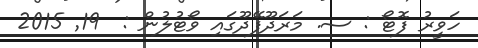
ހަވީރު ފޮޓޯ : ސ. މަރަދޫފޭދޫގައި ވޯޓުލުން :  19